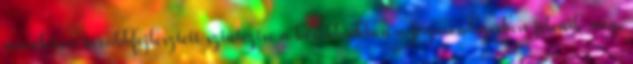
műveletsor továbbfejlesztett szintézise a későbbiekben a jógarendszerben jelenik meg.